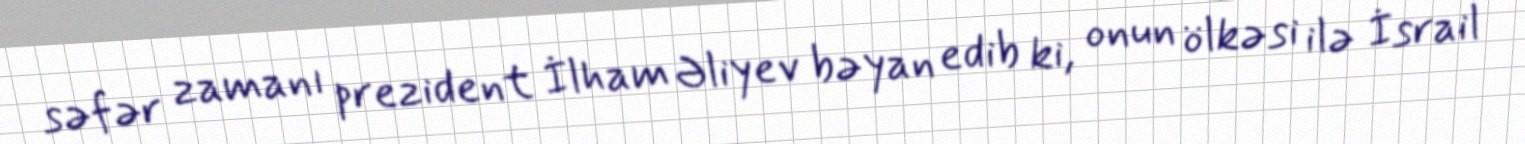
səfər zamanı prezident İlham Əliyev bəyan edib ki, onun ölkəsi ilə İsrail